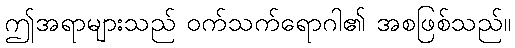
ဤအရာများသည် ဝက်သက်ရောဂါ၏ အစဖြစ်သည်။